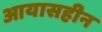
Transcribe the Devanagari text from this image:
आयासहीन